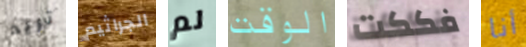
تريد الجراثيم لم الوقت فككت أنا